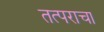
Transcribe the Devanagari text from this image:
तत्पराचा